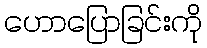
ဟောပြောခြင်းကို